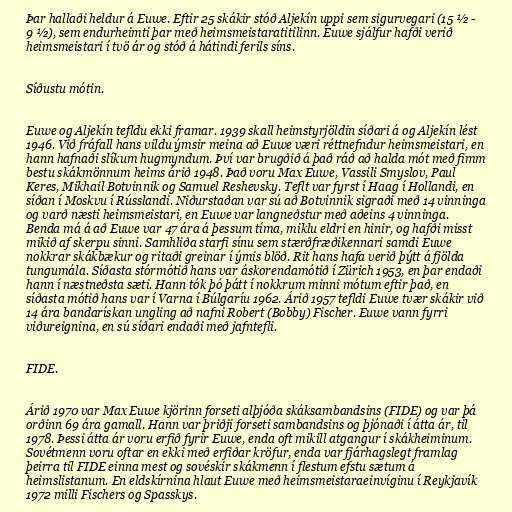
Þar hallaði heldur á Euwe. Eftir 25 skákir stóð Aljekín uppi sem sigurvegari (15 ½ -
9 ½), sem endurheimti þar með heimsmeistaratitilinn. Euwe sjálfur hafði verið
heimsmeistari í tvö ár og stóð á hátindi ferils síns.

Síðustu mótin.

Euwe og Aljekín tefldu ekki framar. 1939 skall heimstyrjöldin síðari á og Aljekín lést
1946. Við fráfall hans vildu ýmsir meina að Euwe væri réttnefndur heimsmeistari, en
hann hafnaði slíkum hugmyndum. Því var brugðið á það ráð að halda mót með fimm
bestu skákmönnum heims árið 1948. Það voru Max Euwe, Vassili Smyslov, Paul
Keres, Mikhail Botvinnik og Samuel Reshevsky. Teflt var fyrst í Haag í Hollandi, en
síðan í Moskvu í Rússlandi. Niðurstaðan var sú að Botvinnik sigraði með 14 vinninga
og varð næsti heimsmeistari, en Euwe var langneðstur með aðeins 4 vinninga.
Benda má á að Euwe var 47 ára á þessum tíma, miklu eldri en hinir, og hafði misst
mikið af skerpu sinni. Samhliða starfi sínu sem stærðfræðikennari samdi Euwe
nokkrar skákbækur og ritaði greinar í ýmis blöð. Rit hans hafa verið þýtt á fjölda
tungumála. Síðasta stórmótið hans var áskorendamótið í Zürich 1953, en þar endaði
hann í næstneðsta sæti. Hann tók þó þátt í nokkrum minni mótum eftir það, en
síðasta mótið hans var í Varna í Búlgaríu 1962. Árið 1957 tefldi Euwe tvær skákir við
14 ára bandarískan ungling að nafni Robert (Bobby) Fischer. Euwe vann fyrri
viðureignina, en sú síðari endaði með jafntefli.

FIDE.

Árið 1970 var Max Euwe kjörinn forseti alþjóða skáksambandsins (FIDE) og var þá
orðinn 69 ára gamall. Hann var þriðji forseti sambandsins og þjónaði í átta ár, til
1978. Þessi átta ár voru erfið fyrir Euwe, enda oft mikill atgangur í skákheiminum.
Sovétmenn voru oftar en ekki með erfiðar kröfur, enda var fjárhagslegt framlag
þeirra til FIDE einna mest og sovéskir skákmenn í flestum efstu sætum á
heimslistanum. En eldskírnina hlaut Euwe með heimsmeistaraeinvíginu í Reykjavík
1972 milli Fischers og Spasskys.